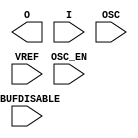
module IBUFE3 #(
`ifdef XIL_TIMING
  parameter LOC = "UNPLACED",
`endif
  parameter IBUF_LOW_PWR = "TRUE",
  parameter IOSTANDARD = "DEFAULT",
  parameter integer SIM_INPUT_BUFFER_OFFSET = 0,
  parameter USE_IBUFDISABLE = "FALSE"
)(
  output O,

  input I,
  input IBUFDISABLE,
  input [3:0] OSC,
  input OSC_EN,
  input VREF
);
  
// define constants
  localparam MODULE_NAME = "IBUFE3";
  localparam in_delay    = 0;
  localparam out_delay   = 0;
  localparam inclk_delay    = 0;
  localparam outclk_delay   = 0;

// Parameter encodings and registers
  localparam IBUF_LOW_PWR_FALSE = 1;
  localparam IBUF_LOW_PWR_TRUE = 0;
  localparam USE_IBUFDISABLE_FALSE = 0;
  localparam USE_IBUFDISABLE_TRUE = 1;

// include dynamic registers - XILINX test only
  reg trig_attr = 1'b0;
  localparam [40:1] IBUF_LOW_PWR_REG = IBUF_LOW_PWR;
  localparam integer SIM_INPUT_BUFFER_OFFSET_REG = SIM_INPUT_BUFFER_OFFSET;
  localparam [40:1] USE_IBUFDISABLE_REG = USE_IBUFDISABLE;


endmodule